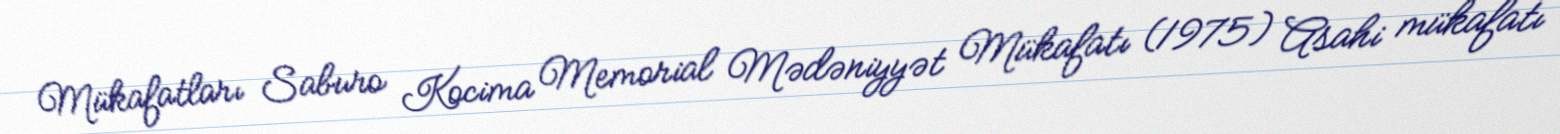
Mükafatları Saburo Kocima Memorial Mədəniyyət Mükafatı (1975) Asahi mükafatı